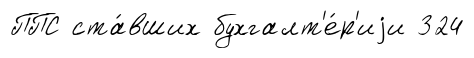
ППС ста́вших бухгалт'е́р'иjи 324